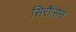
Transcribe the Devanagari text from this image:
सिरौसिस